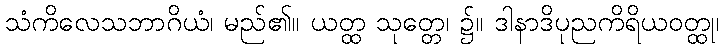
သံကိလေသဘာဂိယံ၊ မည်၏။ ယတ္ထ သုတ္တေ၊ ၌။ ဒါနာဒိပုညကိရိယဝတ္ထု၊